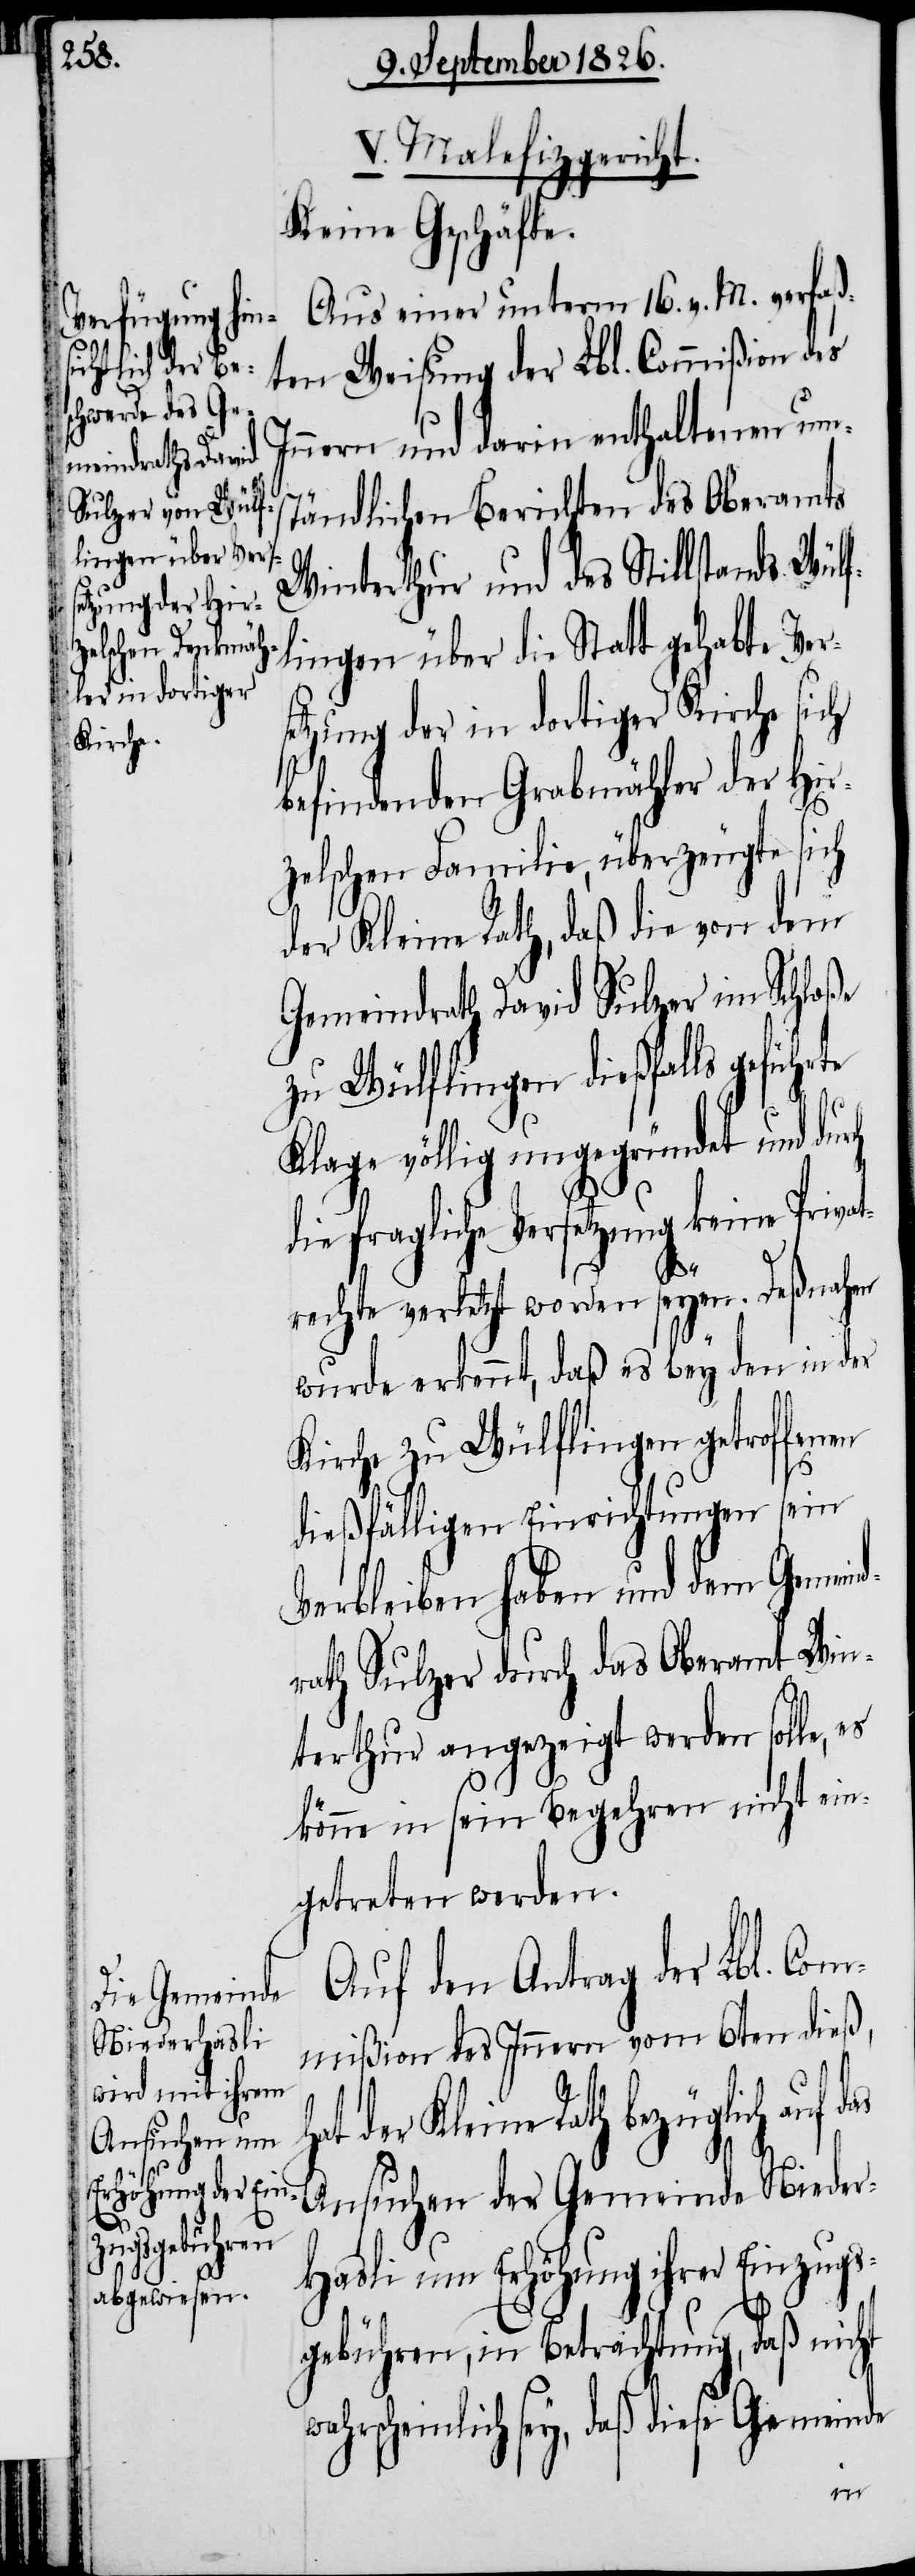
V. Malefizgericht
keine Geschäfte
Aus einer unterm 16. v. M. verfaß¬
ten Weisung der Lbl. Commißion des
Innern und darin enthaltenen um¬
ständlichen Berichten des Oberamts
Winterthur und des Stillstands Wülf¬
lingen über die Statt gehabte Ver¬
setzung der in dortiger Kirche sich
befindenden Grabmähler der Hir¬
zelschen Familie, überzeugte sich
der Kleine Rath, daß die von dem
Gemeindrath David Sulzer im Schloße
zu Wülflingen dießfalls gefüh¬
rte
Klage völlig unbegründet und durch
die fragliche Versetzung keine Privat¬
rechte verletzt worden seyen. Deßnahen
wurde erkennt, daß es bey den in der
Kirche zu Wülflingen getroffenen
dießfälligen Einrichtungen sein
Verbleiben haben und dem Gemein¬
drath Sulzer durch das Oberamt Win¬
terthur angezeigt werden solle,
könne in sein Begehren nicht ein¬
getreten werden.
Auf den Antrag der Lbl. Com¬
mißion des Innern vom 6ten dieß,
der Kleine Rath bezüglich auf
Ansuchen der Gemeinde Nieder¬
hasli um Erhöhung ihrer Einzugs¬
gebühren, in Betrachtung, daß nicht
scheinlich sey, daß diese Gemeinde
wahr¬